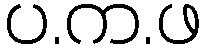
ပ.က.ဖ